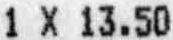
1 X 13.50